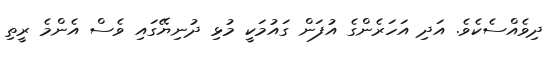
ދިވެއްސެކެވެ. އަދި އަހަރެންގެ އުފަން ގައުމަކީ މުޅި ދުނިޔޭގައި ވެސް އެންމެ ރީތި